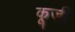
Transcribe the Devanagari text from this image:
कूजी